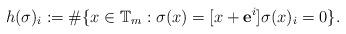
LaTeX: \begin{align*} h(\sigma)_i := \# \{ x \in \mathbb{T}_{m} : \sigma(x) = [x + \mathbf{e}^i] \sigma(x)_i = 0 \}.\end{align*}